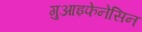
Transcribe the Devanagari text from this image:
गुआइफेनेसिन